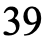
39